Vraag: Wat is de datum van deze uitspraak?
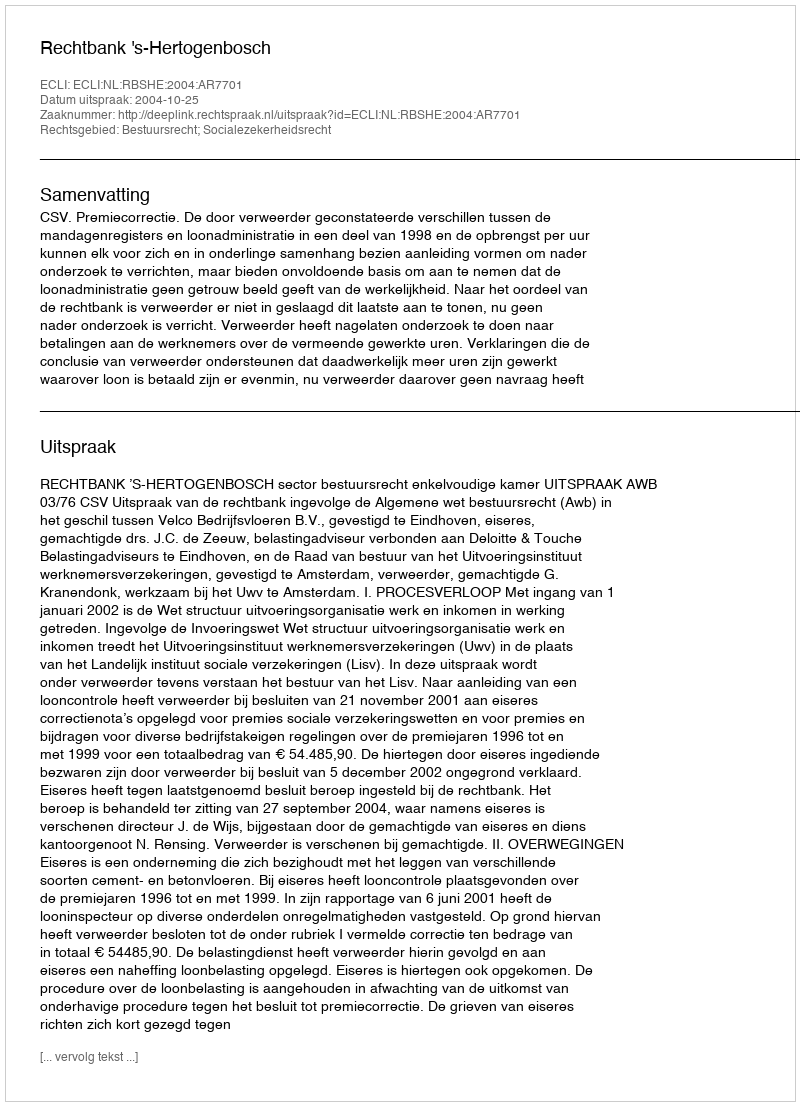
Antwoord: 2004-10-25